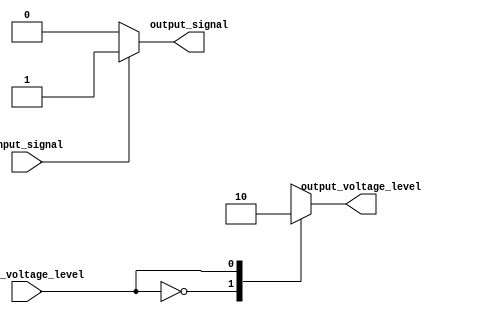
module voltage_level_shifter(
    input wire input_signal,
    input wire input_voltage_level,
    output reg output_signal,
    output reg output_voltage_level
);

always @(*) begin
    case(input_voltage_level)
        2'b00: begin // 3.3V to 1.8V conversion
            if(input_signal)
                output_signal = 1'b1;
            else
                output_signal = 1'b0;
            output_voltage_level = 2'b01;
        end
        
        2'b01: begin // 1.8V to 3.3V conversion
            if(input_signal)
                output_signal = 1'b1;
            else
                output_signal = 1'b0;
            output_voltage_level = 2'b00;
        end
        
        default: begin
            output_signal = 1'bx; // handle unknown voltage levels
            output_voltage_level = 2'b11; // indicate invalid output
        end
    endcase
end

endmodule